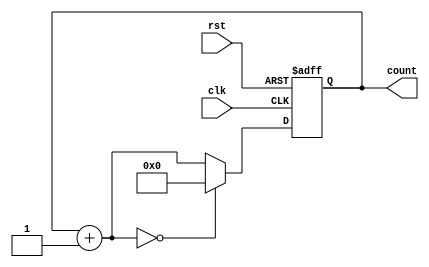
module binary_counter (
    input wire clk,
    input wire rst,
    output reg [3:0] count
);

reg [3:0] next_count;

always @(posedge clk or posedge rst) begin
    if (rst) begin
        count <= 4'b0000;
    end else begin
        next_count = count + 4'b0001;
        if (next_count == 4'b10000) begin
            count <= 4'b0000;
        end else begin
            count <= next_count;
        end
    end
end

endmodule